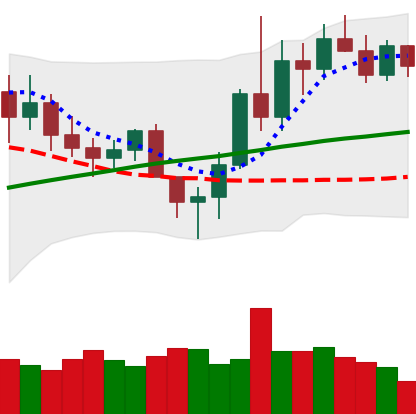
Ticker: LINK-USD
Chart end date: 2020-11-14
Forward return: 8.308%
Label: up_7plus